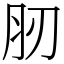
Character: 肕